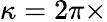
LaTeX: \kappa=2\pi\times